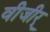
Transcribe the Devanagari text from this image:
वीजीर्